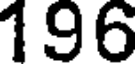
196